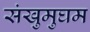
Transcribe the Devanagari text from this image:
संखुमुघम